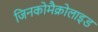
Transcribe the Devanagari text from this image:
जिनकोमैक्रोलाइड